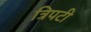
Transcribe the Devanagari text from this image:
त्रिपटी